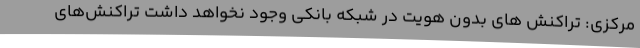
مرکزی: تراکنش‌ های بدون هویت در شبکه بانکی وجود نخواهد داشت تراکنش‌های